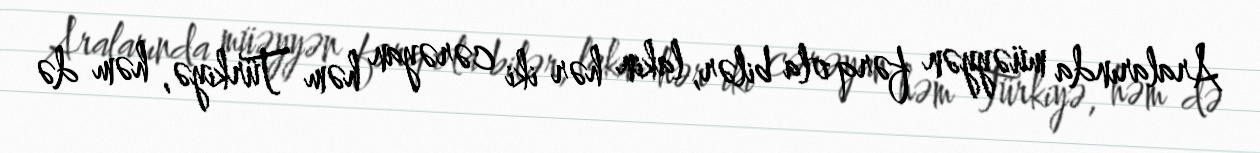
Aralarında müəyyən fərq ola bilər, lakin hər iki cərəyan həm Türkiyə, həm də